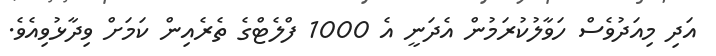
އަދި މިއަދުވެސް ހަވާލުކުރަމުން އެދަނީ އެ 1000 ފްލެޓްގެ ތެރެއިން ކަމަށް ވިދާޅުވިއެވެ.